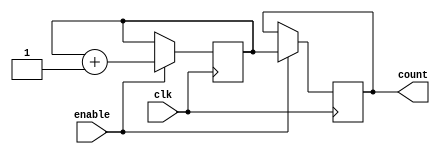
module johnson_counter (
    input wire clk,
    input wire enable,
    output reg [3:0] count
);

reg [3:0] johnson_reg;

always @(posedge clk) begin
    if (enable) begin
        johnson_reg <= johnson_reg + 1;
    end
end

always @(posedge clk) begin
    if (enable) begin
        count <= johnson_reg;
    end
end

endmodule